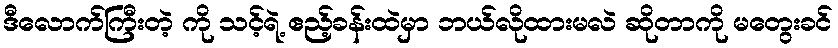
ဒီလောက်ကြီးတဲ့ ကို သင့်ရဲ့ ဧည့်ခန်းထဲမှာ ဘယ်လိုထားမလဲ ဆိုတာကို မတွေးခင်